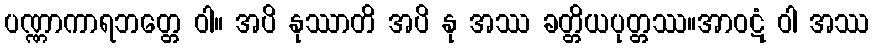
ပဏ္ဏာကာရဘတ္တေ ဝါ။ အပိ နုဿာတိ အပိ နု အဿ ခတ္တိယပုတ္တဿ။အာဝဋံ ဝါ အဿ